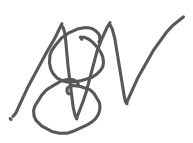
Text: 8
Cross-out: zig-zag
Writing tool: digital_gray